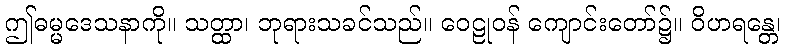
ဤဓမ္မဒေသနာကို။ သတ္ထာ၊ ဘုရားသခင်သည်။ ဝေဠုဝန် ကျောင်းတော်၌။ ဝိဟရန္တေ၊